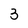
Character: 3